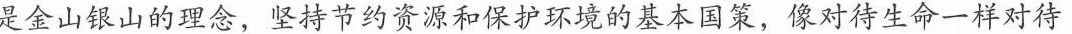
是金山银山的理念，坚持节约资源和保护环境的基本国策，像对待生命一样对待